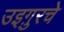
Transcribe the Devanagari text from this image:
उइग़ुरचे